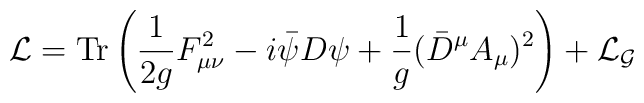
{\cal L} = {\rm Tr} \left( \frac{1}{2g}F_{\mu\nu}^2-i{\bar \psi}D{\psi}+\frac{1}{g}({\bar D}^{\mu}A_{\mu})^2 \right) +{\cal L}_{\cal G}\,